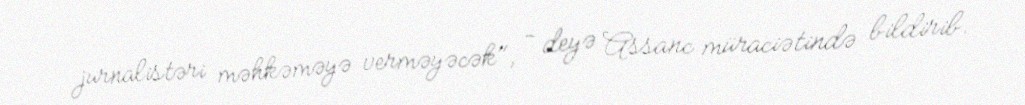
jurnalistəri məhkəməyə verməyəcək", - deyə Assanc müraciətində bildirib.